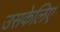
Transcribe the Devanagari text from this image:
उसकेलिए